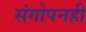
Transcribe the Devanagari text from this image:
संगोपनही